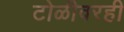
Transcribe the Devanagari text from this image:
टोळीवरही